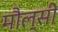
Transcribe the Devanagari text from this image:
मौल्सी